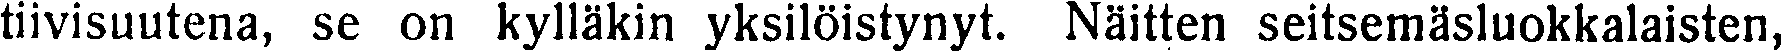
tiivisuutena, se on kylläkin yksilöistynyt. Näitten seitsemäsluokkalaisten,